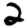
Digit: 2